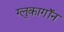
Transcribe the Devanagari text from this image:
ग्लुकागॉन